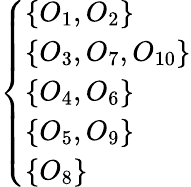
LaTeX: \left\{ \begin{array}{ll}{\{ O_{1},O_{2}\} }\\ {\{ O_{3},O_{7},O_{10}\} }\\ {\{ O_{4},O_{6}\} }\\ {\{ O_{5},O_{9}\} }\\ {\{ O_{8}\} }\end{array}\right.